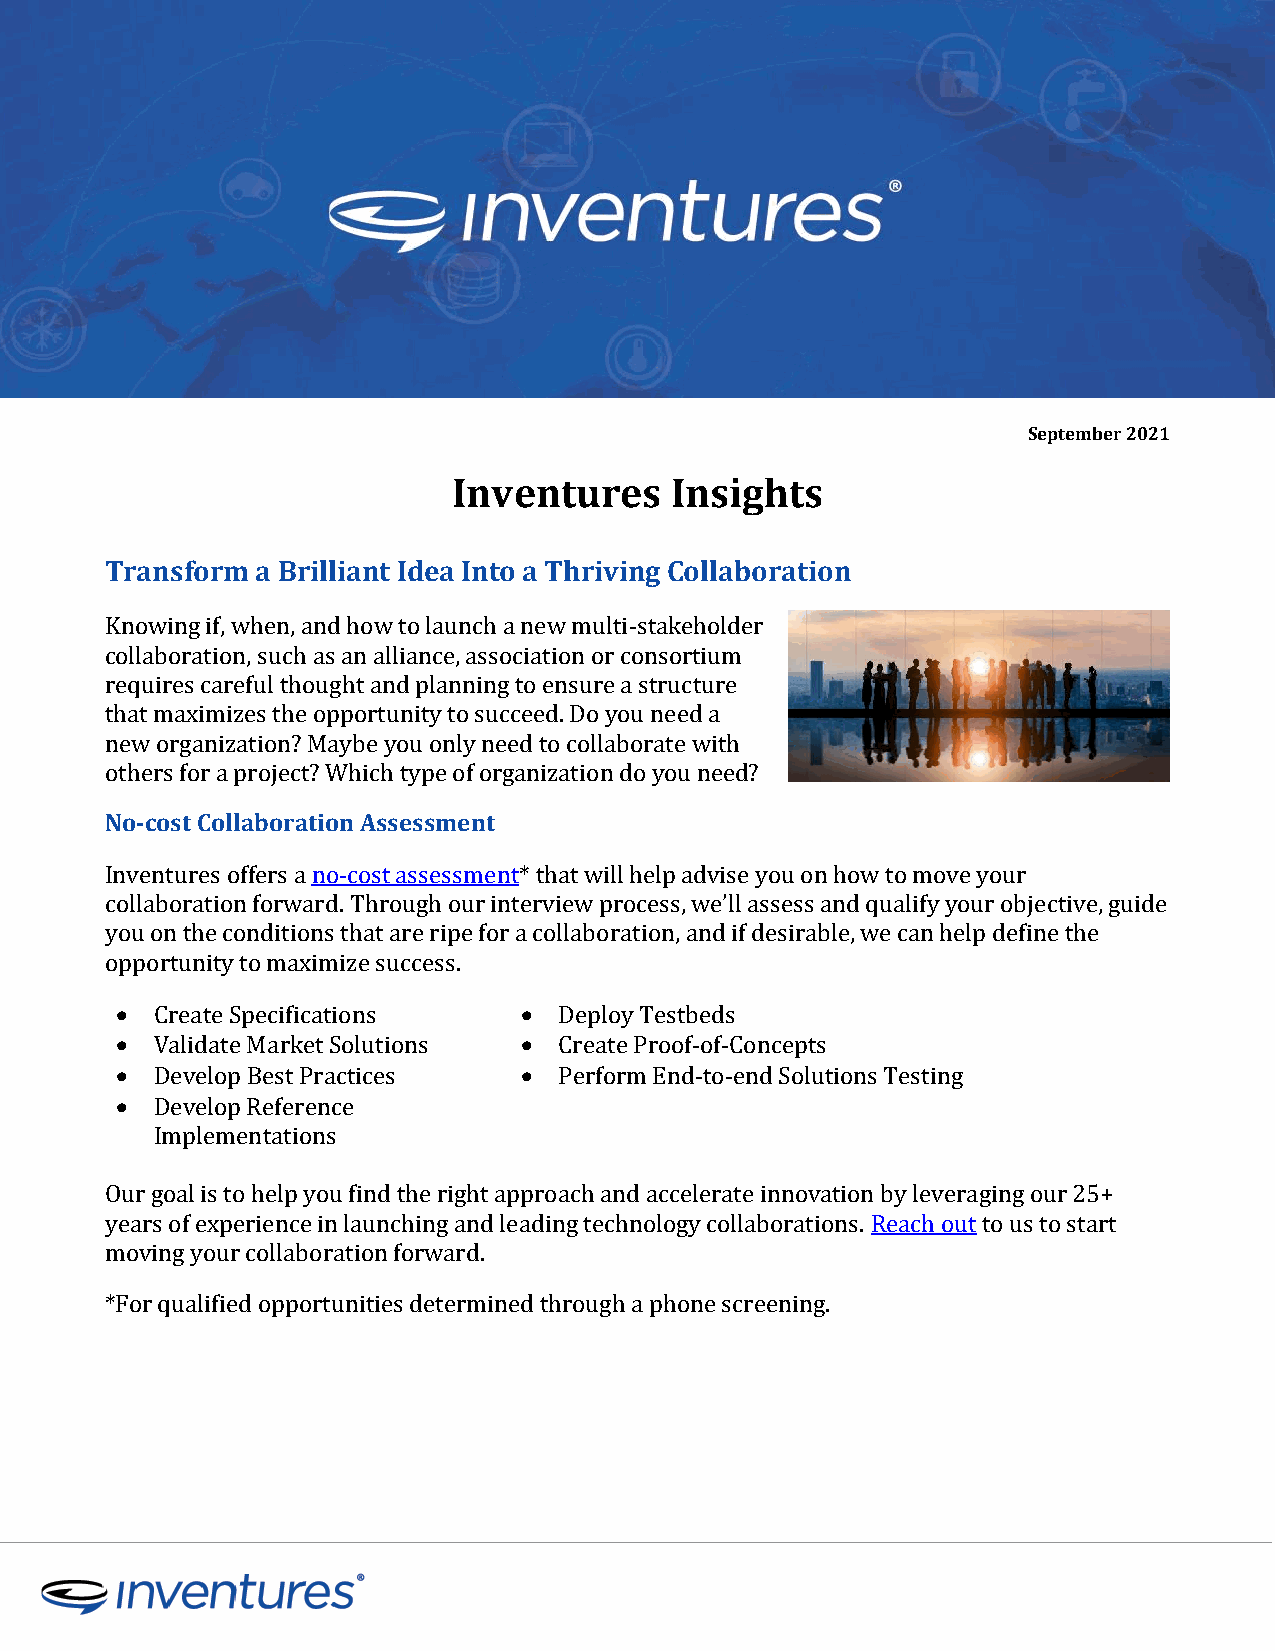
September 2021
 Inventures    Insights
 Transform a Brilliant Idea Into a Thriving Collaboration
 Knowing if, when, and how to launch a new multi-stakeholder
 collaboration, such as an alliance, association or consortium
 requires careful thought and planning to ensure a structure
 that maximizes the opportunity to succeed. Do you need a
 new organization? Maybe you only need to collaborate with
 others for a project? Which type of organization do you need?
 No-cost Collaboration Assessment
 Inventures offers a no-cost assessment* that will help advise you on how to move your
 collaboration forward. Through our interview process, we’ll assess and qualify your objective, guide
 you on the conditions that are ripe for a collaboration, and if desirable, we can help define the
 opportunity to maximize success.
  Create Specifications     Deploy Testbeds
  Validate Market Solutions  Create Proof-of-Concepts
  Develop Best Practices    Perform End-to-end Solutions Testing
  Develop Reference
 Implementations
 Our goal is to help you find the right approach and accelerate innovation by leveraging our 25+
 years of experience in launching and leading technology collaborations. Reach out to us to start
 moving your collaboration forward.
 *For qualified opportunities determined through a phone screening.